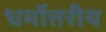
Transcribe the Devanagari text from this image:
धर्मोत्तरीय